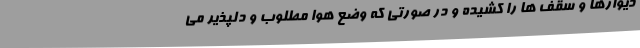
دیوارها و سقف ها را کشیده و در صورتی که وضع هوا مطلوب و دلپذیر می